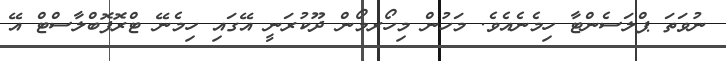
ނުވަތަ ޕްލަސެންޓާ ހިމެނެއެވެ. މަހުން މިހޯރމޯން ދޫކުރަނީ އޭގައި ހިމެނޭ ޓްރޮފޮބްލާސްޓް އޭ